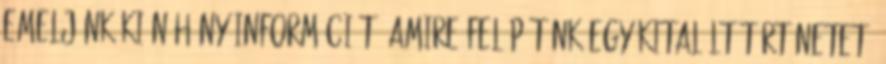
Emeljünk ki néhány információt, amire felépítünk egy kitalált történetet.